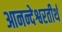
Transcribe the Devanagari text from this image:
आनन्देश्वरतीर्थ